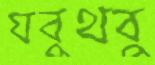
যবুথবু